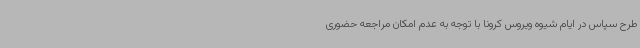
طرح سپاس در ایام شیوه ویروس کرونا با توجه به عدم امکان مراجعه حضوری